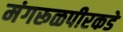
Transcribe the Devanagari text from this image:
मंगरूळपीरकडे